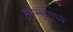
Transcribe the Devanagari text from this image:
ठाण्यामध्ये